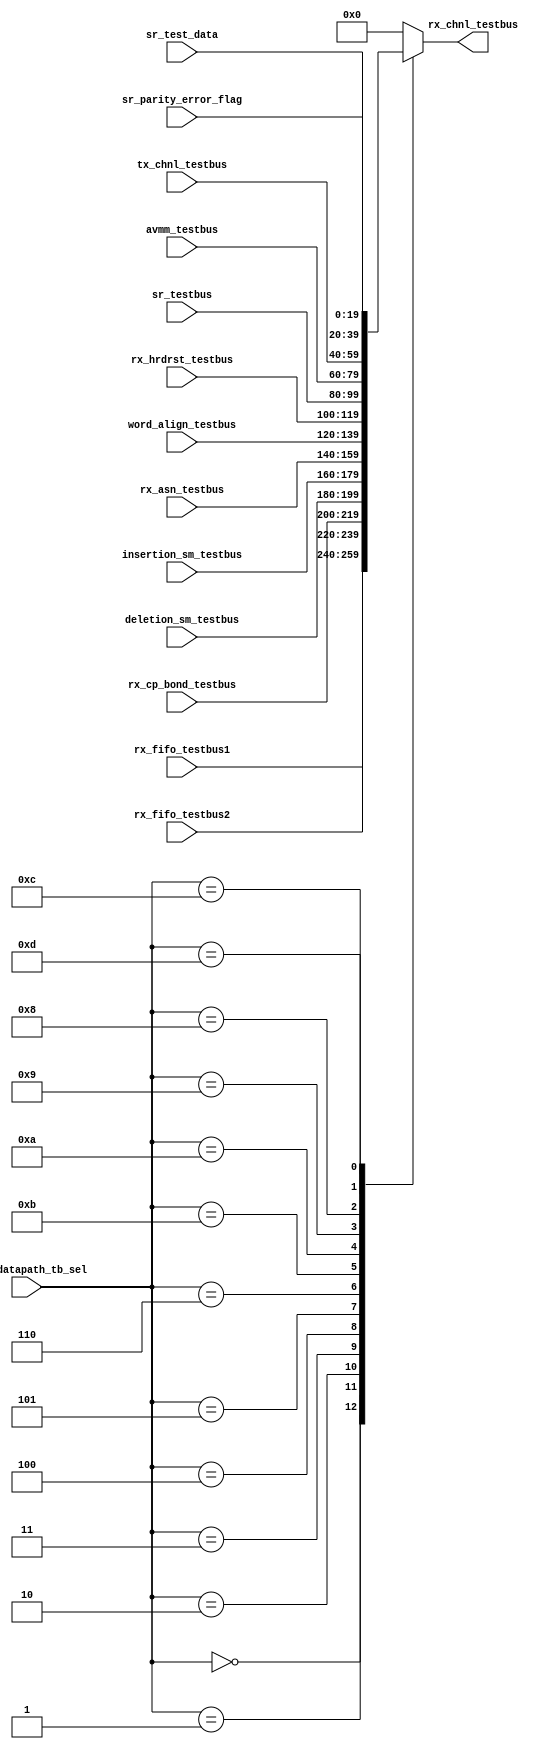
// This program was cloned from: https://github.com/intel/aib-phy-hardware
// License: Apache License 2.0

// SPDX-License-Identifier: Apache-2.0
// Copyright (C) 2019 Intel Corporation. All rights reserved
//------------------------------------------------------------------------
// (C) 2009 Altera Corporation. All rights reserved.  
//
//------------------------------------------------------------------------
// File:        
// Revision:    
// Date:        
//------------------------------------------------------------------------
// Description: 
//
//------------------------------------------------------------------------

module hdpldadapt_rx_chnl_testbus 
    (
    input   wire  [3:0]           r_rx_datapath_tb_sel,  // testbus sel
    input   wire [19:0]           rx_fifo_testbus1, 		// RX FIFO
    input   wire [19:0]           rx_fifo_testbus2, 		// RX FIFO
    input   wire [19:0]           rx_cp_bond_testbus,
    input   wire [19:0]           rx_asn_testbus,
    input   wire [19:0]           deletion_sm_testbus,
    input   wire [19:0]           insertion_sm_testbus,
    input   wire [19:0]           word_align_testbus,
    input   wire [19:0]           rx_hrdrst_testbus,    
    input   wire [19:0]           sr_testbus,    
    input   wire [19:0]           avmm_testbus,
    input   wire [19:0]           tx_chnl_testbus,
    input   wire [19:0]           sr_test_data,
    input   wire [19:0]           sr_parity_error_flag,

    output  reg [19:0]		  rx_chnl_testbus
     );
   
    always @* begin
      case (r_rx_datapath_tb_sel)
        4'b0000: rx_chnl_testbus = rx_fifo_testbus1;
        4'b0001: rx_chnl_testbus = rx_fifo_testbus2;
        4'b0010: rx_chnl_testbus = rx_cp_bond_testbus;
        4'b0011: rx_chnl_testbus = deletion_sm_testbus;
        4'b0100: rx_chnl_testbus = insertion_sm_testbus;
        4'b0101: rx_chnl_testbus = rx_asn_testbus;
        4'b0110: rx_chnl_testbus = word_align_testbus;
        4'b1011: rx_chnl_testbus = rx_hrdrst_testbus;
        4'b1010: rx_chnl_testbus = sr_testbus;        
        4'b1001: rx_chnl_testbus = avmm_testbus;
        4'b1000: rx_chnl_testbus = tx_chnl_testbus;        
        4'b1100: rx_chnl_testbus = sr_test_data;
        4'b1101: rx_chnl_testbus = sr_parity_error_flag;
        default: rx_chnl_testbus = {20{1'b0}};
      endcase // case(r_rx_testbus_sel)
    end // always @ *
         
endmodule // hdpldadapt_rx_chnl_testbus